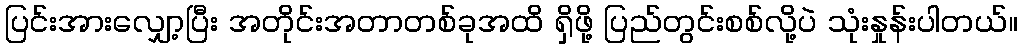
ပြင်းအားလျှော့ပြီး အတိုင်းအတာတစ်ခုအထိ ရှိဖို့ ပြည်တွင်းစစ်လို့ပဲ သုံးနှုန်းပါတယ်။